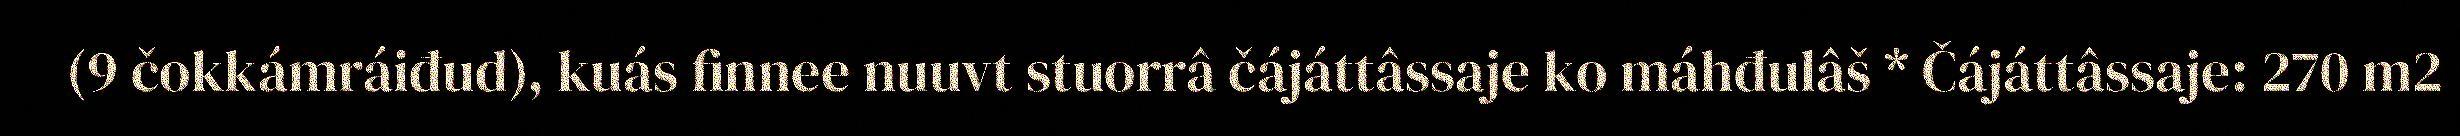
(9 čokkámráiđud), kuás finnee nuuvt stuorrâ čájáttâssaje ko máhđulâš * Čájáttâssaje: 270 m2